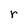
Character: r